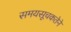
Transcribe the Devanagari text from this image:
समयसूचकतेने